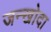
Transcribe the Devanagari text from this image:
जन्खोदा